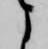
よ